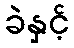
ခဲနှင့်